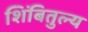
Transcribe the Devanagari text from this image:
शिंबितुल्य